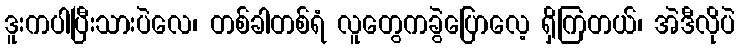
ဒူးကပါပြီးသားပဲလေ၊ တစ်ခါတစ်ရံ လူတွေကခွဲပြောလေ့ ရှိကြတယ်၊ အဲဒီလိုပဲ